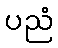
ပညံ